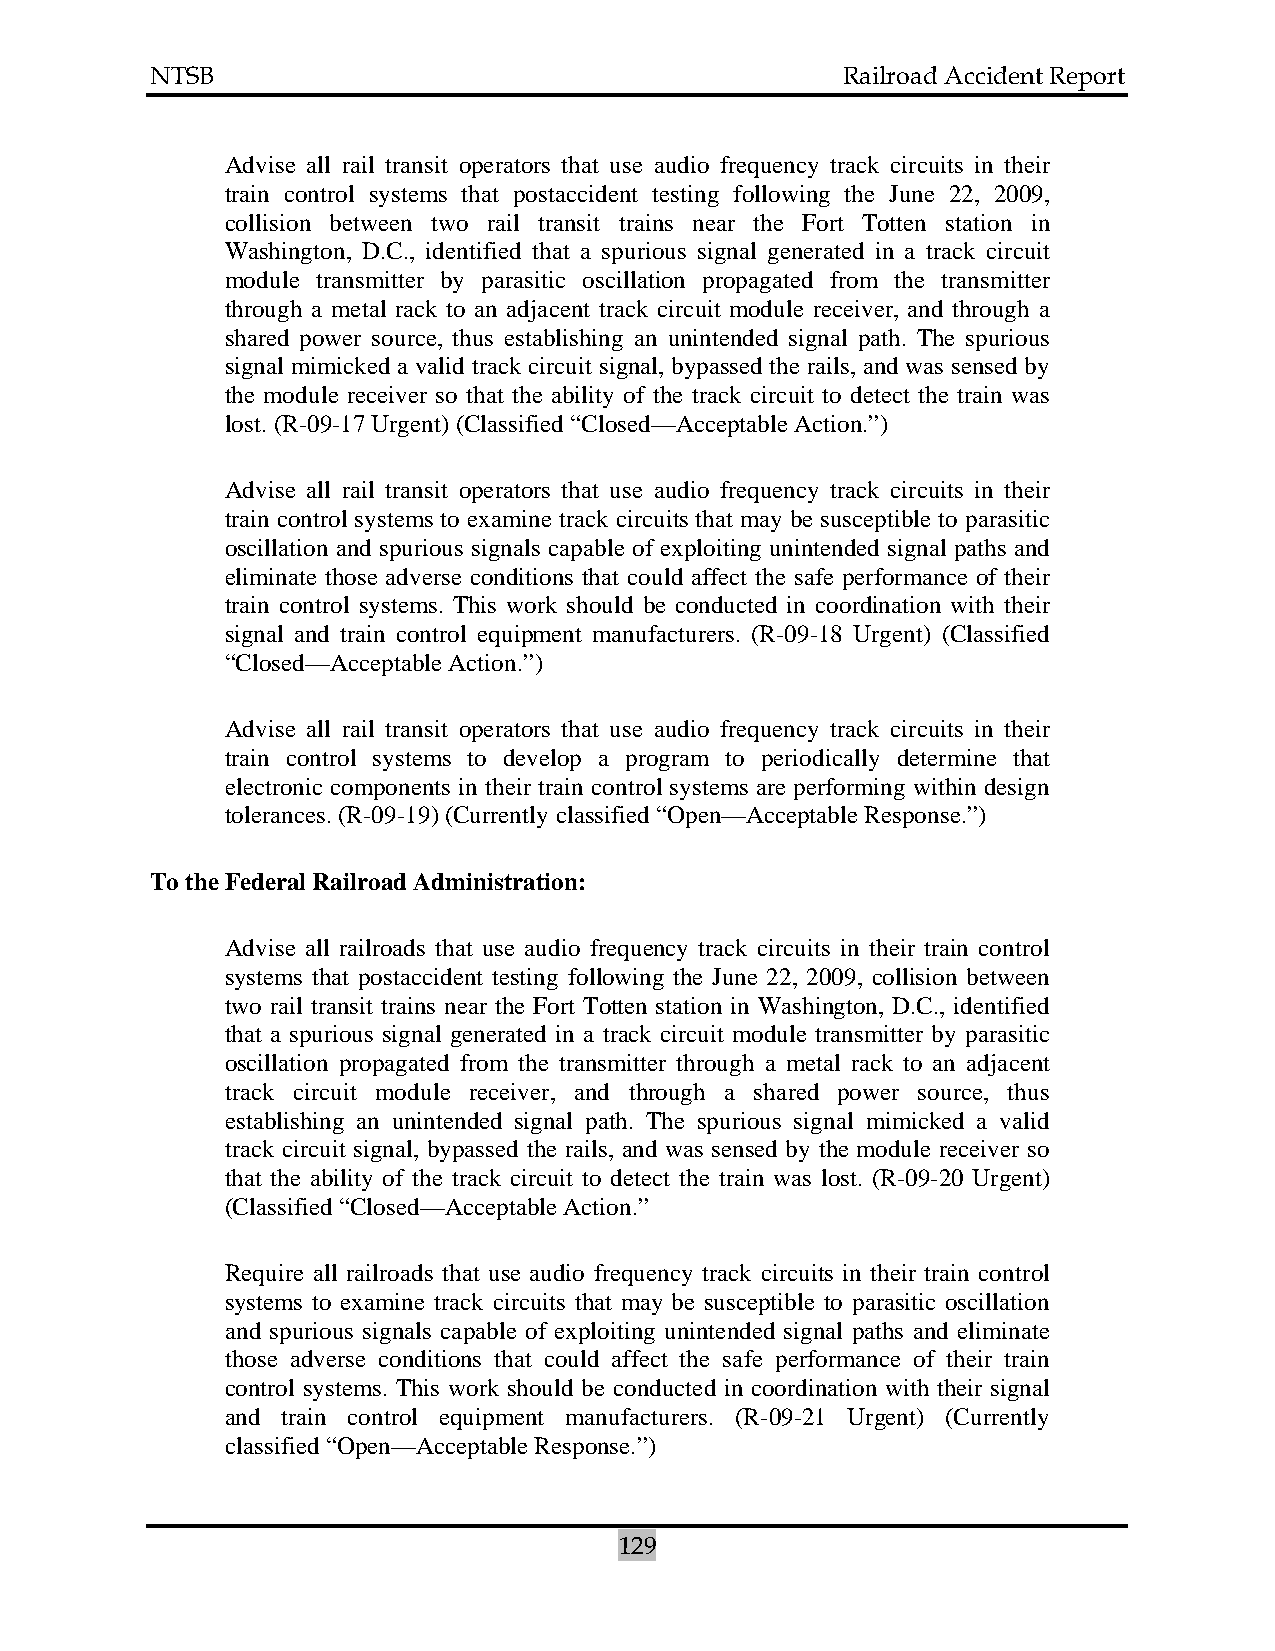
NTSB                                          Railroad Accident Report
 Advise all rail transit operators that use audio frequency track circuits in their
 train control systems that postaccident testing following the June 22, 2009,
 collision between two rail transit trains near the Fort Totten station in
 Washington, D.C., identified that a spurious signal generated in a track circuit
 module transmitter by parasitic oscillation propagated from the transmitter
 through a metal rack to an adjacent track circuit module receiver, and through a
 shared power source, thus establishing an unintended signal path. The spurious
 signal mimicked a valid track circuit signal, bypassed the rails, and was sensed by
 the module receiver so that the ability of the track circuit to detect the train was
 lost. (R-09-17 Urgent) (Classified “Closed—Acceptable Action.”)
 Advise all rail transit operators that use audio frequency track circuits in their
 train control systems to examine track circuits that may be susceptible to parasitic
 oscillation and spurious signals capable of exploiting unintended signal paths and
 eliminate those adverse conditions that could affect the safe performance of their
 train control systems. This work should be conducted in coordination with their
 signal and train control equipment manufacturers. (R-09-18 Urgent) (Classified
 “Closed—Acceptable Action.”)
 Advise all rail transit operators that use audio frequency track circuits in their
 train control systems to develop a program to periodically determine that
 electronic components in their train control systems are performing within design
 tolerances. (R-09-19) (Currently classified “Open—Acceptable Response.”)
 To the Federal Railroad Administration:
 Advise all railroads that use audio frequency track circuits in their train control
 systems that postaccident testing following the June 22, 2009, collision between
 two rail transit trains near the Fort Totten station in Washington, D.C., identified
 that a spurious signal generated in a track circuit module transmitter by parasitic
 oscillation propagated from the transmitter through a metal rack to an adjacent
 track circuit module receiver, and through a shared power source, thus
 establishing an unintended signal path. The spurious signal mimicked a valid
 track circuit signal, bypassed the rails, and was sensed by the module receiver so
 that the ability of the track circuit to detect the train was lost. (R-09-20 Urgent)
 (Classified “Closed—Acceptable Action.”
 Require all railroads that use audio frequency track circuits in their train control
 systems to examine track circuits that may be susceptible to parasitic oscillation
 and spurious signals capable of exploiting unintended signal paths and eliminate
 those adverse conditions that could affect the safe performance of their train
 control systems. This work should be conducted in coordination with their signal
 and train control equipment manufacturers. (R-09-21 Urgent) (Currently
 classified “Open—Acceptable Response.”)
 129